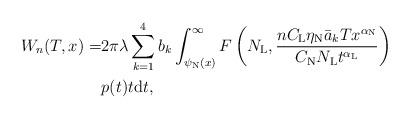
LaTeX: \begin{align*}W_{n}(T,x)=&2\pi\lambda\sum_{k=1}^{4} b_k \int_{\psi_\mathrm{N}(x)}^{\infty}F\left(N_\mathrm{L},\frac{nC_\mathrm{L}\eta_\mathrm{N}\bar{a}_kTx^{\alpha_\mathrm{N}}}{C_\mathrm{N} N_\mathrm{L}t^{\alpha_\mathrm{L}}}\right)\\&p(t)t\mathrm{d}t,\end{align*}